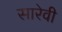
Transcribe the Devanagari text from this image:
सारेवी